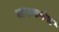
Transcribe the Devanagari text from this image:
जफरगंज